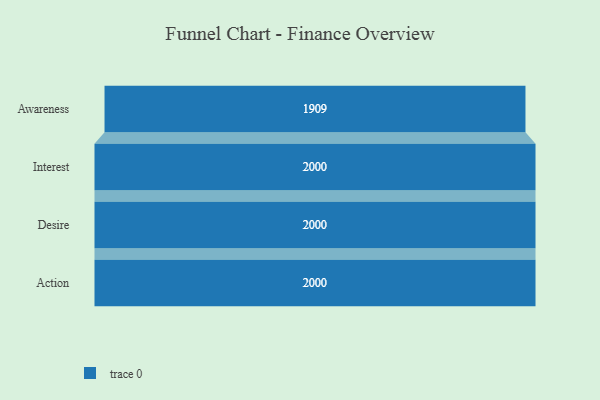
{"axis": {"x": "Stage", "y": "Value"}, "legend": [""], "data": [{"x": "Awareness", "y": 1909.0, "type": ""}, {"x": "Interest", "y": 2000, "type": ""}, {"x": "Desire", "y": 2000, "type": ""}, {"x": "Action", "y": 2000, "type": ""}]}